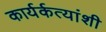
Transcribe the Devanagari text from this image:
कार्यर्कत्यांशी